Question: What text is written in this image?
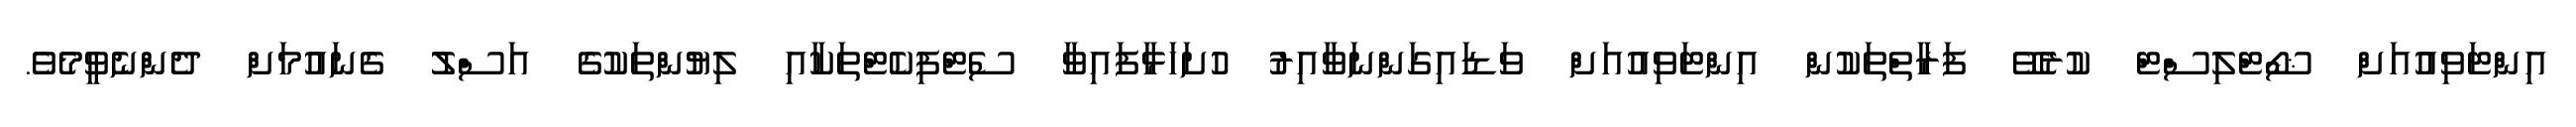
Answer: އިންޓަވިއުއަށް ޝޯޓްލިސްޓް ކުރެވޭ ފަރާތްތަކުން އިންޓަވިއުއަށް ވަޑައިގަންނަވާއިރު ހުށަހަޅާފައިވާ ސެޓްފިކެޓްތަކާއި ލިޔުންތަކުގެ އަސްލު ގެނައުމަށް ދެންނެވީމެވެ.